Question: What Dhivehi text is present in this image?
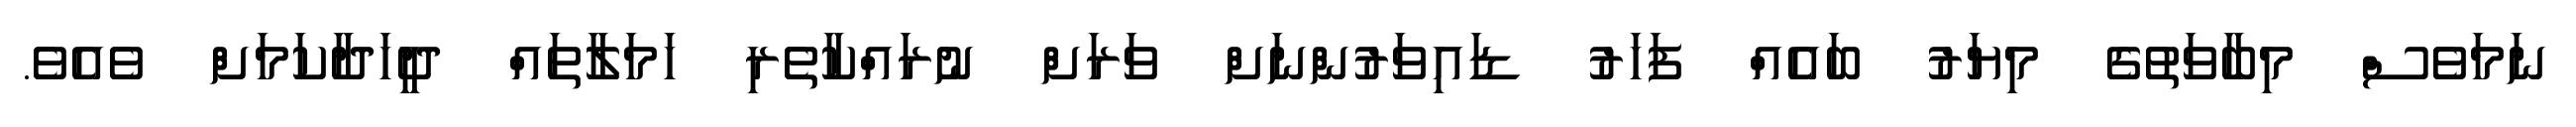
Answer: ނަމަވެސް މިބާވަތުގެ މިޔަރު ބައެއް ފަހަރު ޑައިވަރުންނަށް ވަރަށް ނުރައްކާތެރި ހަމަލާތައް ދީހަދާކަމަށް ވެއެވެ.